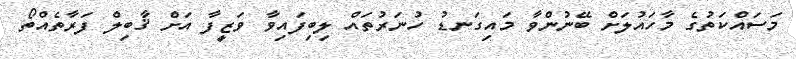
މަސައްކަތުގެ މާހައުލަށް ބޭނުންވާ މައިގަނޑު ހުނަރުތައް ލިބިފައިވާ ވަޒީފާ އަށް ޤާބިލް ފަރާތެއްތޯ